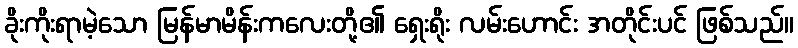
ခိုးကိုးရာမဲ့သော မြန်မာမိန်းကလေးတို့၏ ရှေးရိုး လမ်းဟောင်း အတိုင်းပင် ဖြစ်သည်။